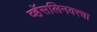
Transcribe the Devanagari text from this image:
व्हॅसलिनवरचा